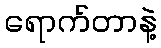
ရောက်တာနဲ့